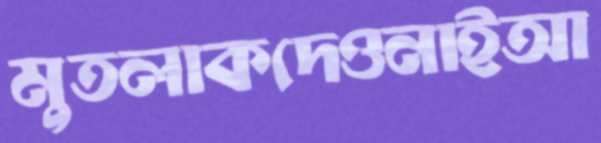
মুতলাকদেওনাইআ